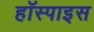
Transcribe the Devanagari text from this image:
हॉस्पाइस